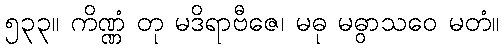
၅၃၃။ ကိဏ္ဏံ တု မဒိရာဗီဇေ၊ မဓု မဓွာသဝေ မတံ။